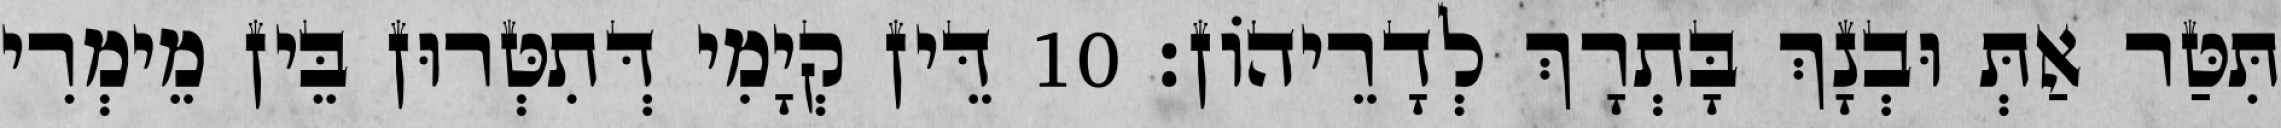
תִּטַּר אַתְּ וּבְנָךְ בָּתְרָךְ לְדָרֵיהוֹן׃ 10 דֵּין קְיָמִי דְּתִטְּרוּן בֵּין מֵימְרִי